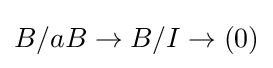
B/aB\to B/I\to (0)